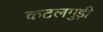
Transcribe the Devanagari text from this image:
कटलगुड़ी